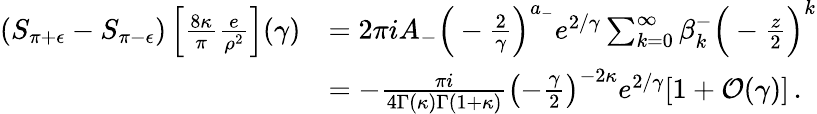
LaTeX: \begin{array}{rl}{(S_{\pi+\epsilon}-S_{\pi-\epsilon})\left[\frac{8\kappa}{\pi}\frac{e}{\rho^{2}}\right](\gamma)}&{=2\pi iA_{-}\Big(-\frac{2}{\gamma}\Big)^{a_{-}}e^{2/\gamma}\sum_{k=0}^{\infty}\beta_{k}^{-}\Big(-\frac{z}{2}\Big)^{k}}\\ &{=-\frac{\pi i}{4\Gamma(\kappa)\Gamma(1+\kappa)}\left(-\frac{\gamma}{2}\right)^{-2\kappa}e^{2/\gamma}[1+\mathcal{O}(\gamma)]\, .}\end{array}